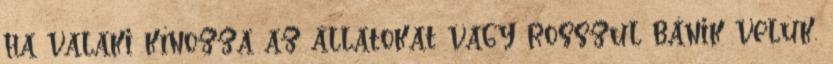
ha valaki kínozza az állatokat vagy rosszul bánik velük.